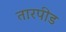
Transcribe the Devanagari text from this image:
तारपीड